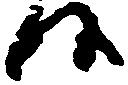
候